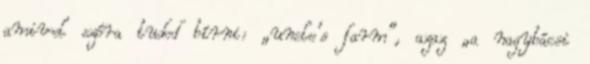
amivel szóra tudod bírni: „uncle’s farm”, azaz „a nagybácsi